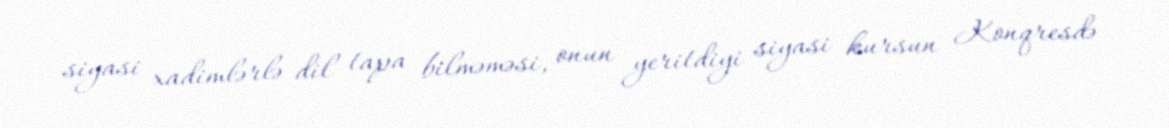
siyasi xadimlərlə dil tapa bilməməsi, onun yeritdiyi siyasi kursun Konqresdə